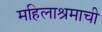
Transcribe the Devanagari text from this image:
महिलाश्रमाची